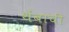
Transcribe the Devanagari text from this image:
थेंबाची